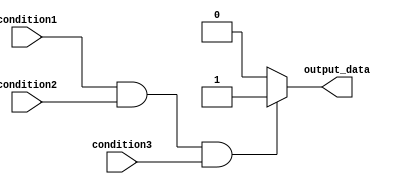
module if_else_statement_with_logical_and (
    input wire condition1,
    input wire condition2,
    input wire condition3,
    output reg output_data
);

always @(*) begin
    if (condition1 && condition2 && condition3) begin
        // Execute code block if all conditions are true
        output_data <= 1'b1;
    end
    else begin
        // Execute alternative code block if any condition is false
        output_data <= 1'b0;
    end
end

endmodule